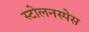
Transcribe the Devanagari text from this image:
स्टोलनस्पेस